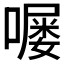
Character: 𫫵